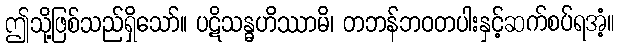
ဤသို့ဖြစ်သည်ရှိသော်။ ပဋိသန္ဓဟိဿာမိ၊ တဘန်ဘဝတပါးနှင့်ဆက်စပ်ရအံ့။